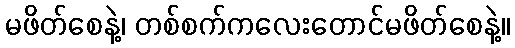
မဖိတ်စေနဲ့၊ တစ်စက်ကလေးတောင်မဖိတ်စေနဲ့။